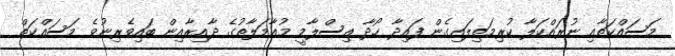
މަސައްކަތާއި ނުރައްކަލާ ކުރިމަތިލައިގެން ފައިދާ ހޯދާ އިސްލާމީ މުޢާމަލާތުގެ ދާއިރާއިން ބައިވެރިނުވެ މަސައްކަތް